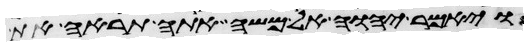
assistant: ויאמר יהוה אל משה אתה תראה את